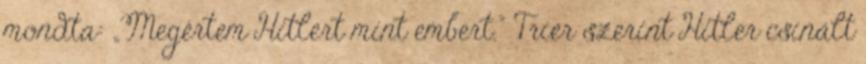
mondta: „Megértem Hitlert mint embert.” Trier szerint Hitler csinált